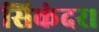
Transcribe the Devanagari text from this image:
सिकंदर।